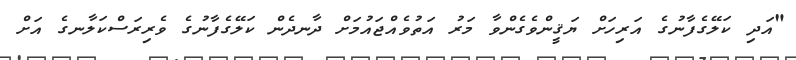
"އަދި ކަލޭގެފާނުގެ އަރިހަށް ޔަޤީންވެގެންވާ މަރު އަތުވެއްޖައުމަށް ދާނދެން ކަލޭގެފާނުގެ ވެރިރަސްކަލާނގެ އަށް